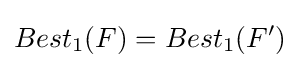
Best_{1}(F)=Best_{1}(F')